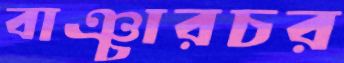
বাঞ্চারচর